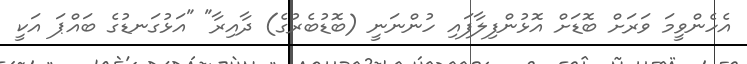
އެހެންވީމަ ވަރަށް ބޮޑަށް އޮޅުންފިލާފައި ހުންނަނީ (ބޮޑުބެރުގެ) ދާއިރާ" "އަޅުގަނޑުގެ ބައްޕަ އަކީ